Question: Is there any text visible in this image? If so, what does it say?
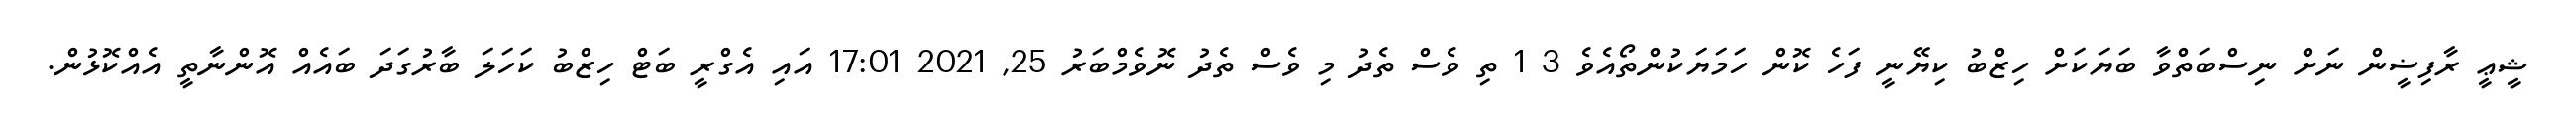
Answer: ޝީޢީ ރާފިޟީން ނަށް ނިސްބަތްވާ ބަޔަކަށް ހިޒްބު ކިޔޭނީ ފަހެ ކޮން ހަމަޔަކުންތޯއެވެ 3 1 ތި ވެސް ތެދު މި ވެސް ތެދު ނޮވެމްބަރު 25, 2021 17:01 އައި އެގްރީ ބަޓް ހިޒްބު ކަހަލަ ބާރުގަދަ ބައެއް އޮންނާތީ އެއްކޮޅުން.